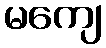
မကျေ